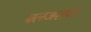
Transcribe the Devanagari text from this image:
बलअशबा